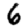
Digit: 6